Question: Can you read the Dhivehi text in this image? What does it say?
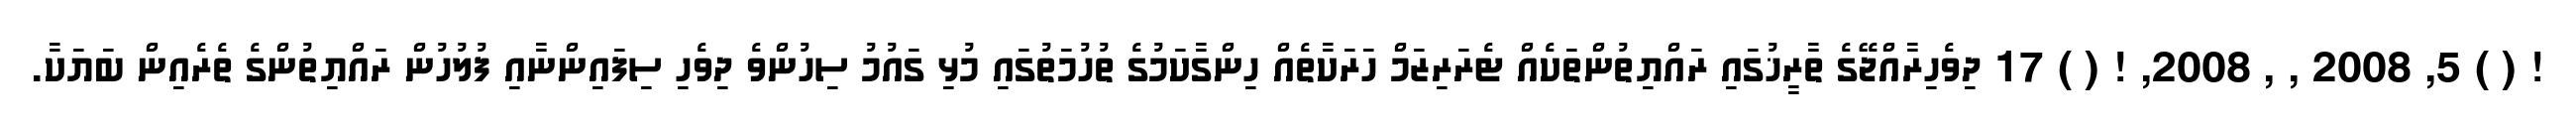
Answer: ! ( ) 5, 2008 , , 2008, ! ( ) 17 ދިވެހިރާއްޖޭގެ ތާރީޚުގައި ރައްޔިތުންތަކެއް ޓެރަރިޒަމް ހަރަކާތެއް ހިންގާކަމުގެ ތުހުމަތުގައި މުޅި ގައުމު ސިހުންވެ ދިވެހި ސިފައިންނާއި ފުލުހުން ރައްޔިތުންގެ ތެރެއިން ބަޔަކާ.